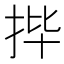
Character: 𫼣